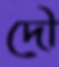
দৌ